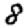
Digit: 8